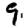
Digit: 9